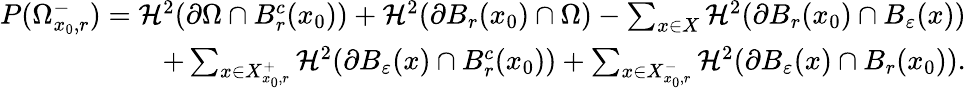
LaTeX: \begin{array}{r}{P(\Omega_{x_{0},r}^{-})=\mathcal H^{2}(\partial\Omega\cap B_{r}^{c}(x_{0}))+\mathcal H^{2}(\partial B_{r}(x_{0})\cap\Omega)-\sum_{x\in X}\mathcal H^{2}(\partial B_{r}(x_{0})\cap B_{\varepsilon}(x))}\\ {+\sum_{x\in X_{x_{0},r}^{+}}\mathcal H^{2}(\partial B_{\varepsilon}(x)\cap B_{r}^{c}(x_{0}))+\sum_{x\in X_{x_{0},r}^{-}}\mathcal H^{2}(\partial B_{\varepsilon}(x)\cap B_{r}(x_{0})).}\end{array}